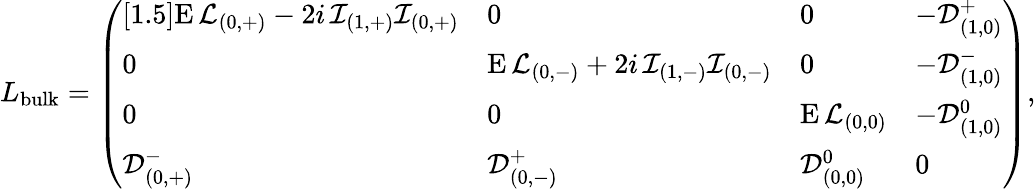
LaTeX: L_{\textrm{bulk}}=\left(\begin{array}{llll}{[1.5]\textrm{E}\, \mathcal{L}_{(0,+)}-2i\, \mathcal{I}_{(1,+)}\mathcal{I}_{(0,+)}}&{0}&{0}&{-\mathcal{D}_{(1,0)}^{+}}\\ {0}&{\textrm{E}\, \mathcal{L}_{(0,-)}+2i\, \mathcal{I}_{(1,-)}\mathcal{I}_{(0,-)}}&{0}&{-\mathcal{D}_{(1,0)}^{-}}\\ {0}&{0}&{\textrm{E}\, \mathcal{L}_{(0,0)}}&{-\mathcal{D}_{(1,0)}^{0}}\\ {\mathcal{D}_{(0,+)}^{-}}&{\mathcal{D}_{(0,-)}^{+}}&{\mathcal{D}_{(0,0)}^{0}}&{0}\end{array}\right),